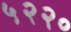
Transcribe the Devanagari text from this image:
५२२०